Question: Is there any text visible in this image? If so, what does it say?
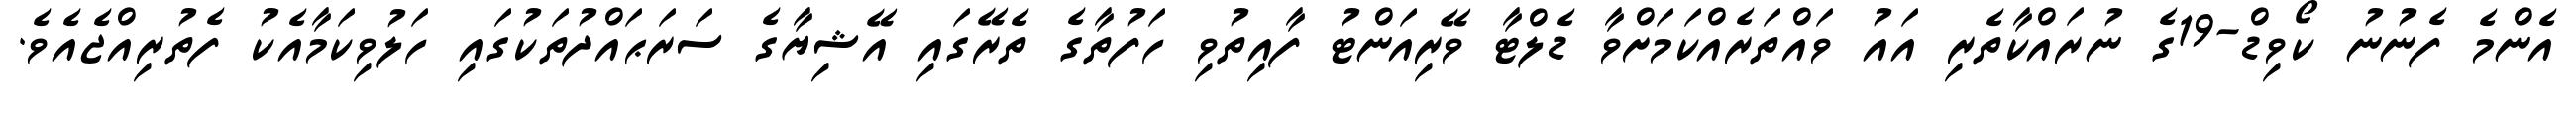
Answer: އެންމެ ފެނުނު ކޯވިޑް-19ގެ ނުރައްކާތެރި އައު ވައްތަރެއްކަމަށްވާ ޑެލްޓާ ވޭރިއަންޓު ފާއިތުވި ހަފުތާގެ ތެރޭގައި އޭޝިޔާގެ ސަރަޙައްދުތަކުގައި ހަލުވިކަމާއެކު ފެތުރިއްޖެއެވެ.